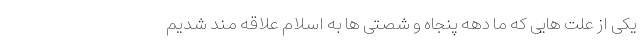
یکی از علت هایی که ما دهه پنجاه و شصتی ها به اسلام علاقه مند شدیم